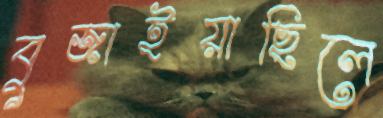
বুজাইয়াছিলে